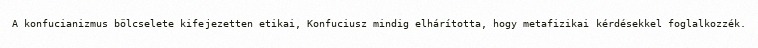
A konfucianizmus bölcselete kifejezetten etikai, Konfuciusz mindig elhárította, hogy metafizikai kérdésekkel foglalkozzék.